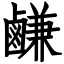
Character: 鹻